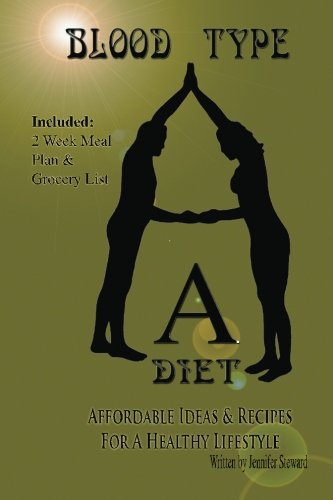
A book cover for Blood Type "A" Diet, Affordable Ideas & Recipes For A Healthy Lifestyle; Jennifer Steward; Health, Fitness & Dieting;